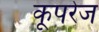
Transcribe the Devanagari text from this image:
कूपरेज